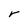
Character: r